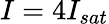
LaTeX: I=4I_{sat}